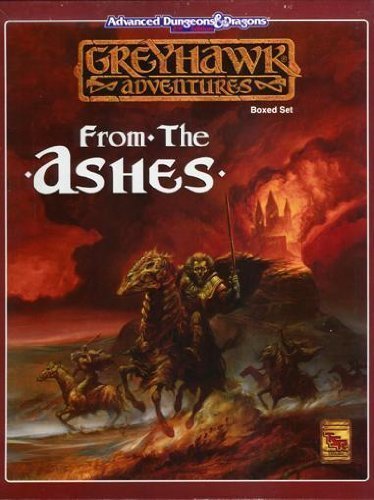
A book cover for Greyhawk Adventures: From the Ashes/Boxed Set (Advanced Dungeons & Dragons, 2nd ed); Tsr; Humor & Entertainment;